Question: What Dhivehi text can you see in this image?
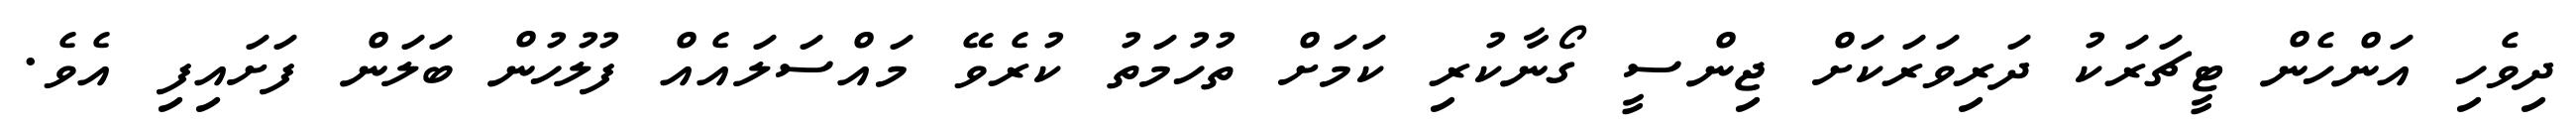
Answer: ދިވެހި އަންހެން ޓީޗަރަކު ދަރިވަރަކަށް ޖިންސީ ގޯނާކުރި ކަމަށް ތުހުމަތު ކުރެވޭ މައްސަލައެއް ފުލުހުން ބަލަން ފަށައިފި އެވެ.